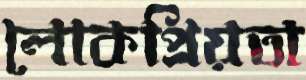
লোকপ্রিয়তা